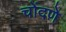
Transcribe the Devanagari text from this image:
चोंदणे